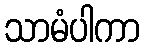
သာမံပါကာ